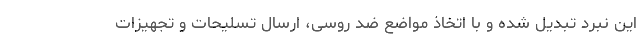
این نبرد تبدیل شده و با اتخاذ مواضع ضد روسی، ارسال تسلیحات و تجهیزات